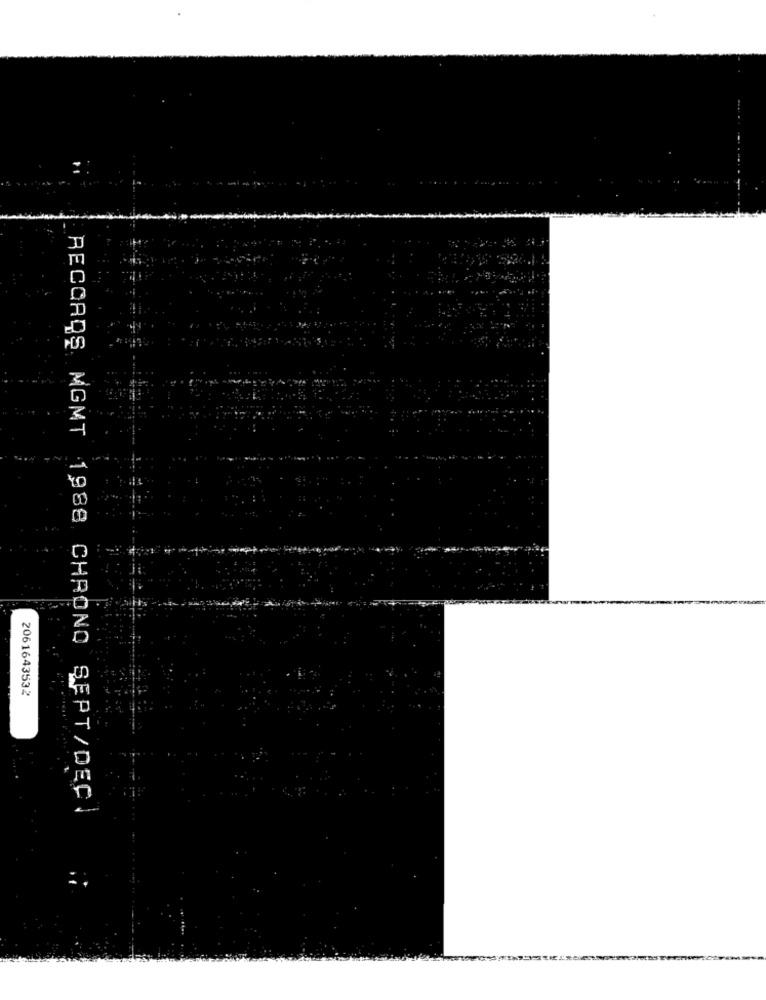
2061643532
RECORDS MGMT 1988 CHRONO SEPT/DEC.